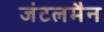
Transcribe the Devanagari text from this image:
जंटलमैन